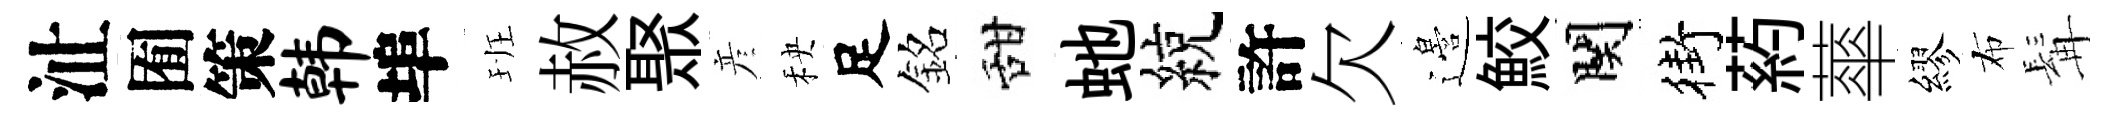
沚囿策韩埠班赦聚彦秧足銘甜虵綂許欠邉鮫関街葯蕐繆布髯